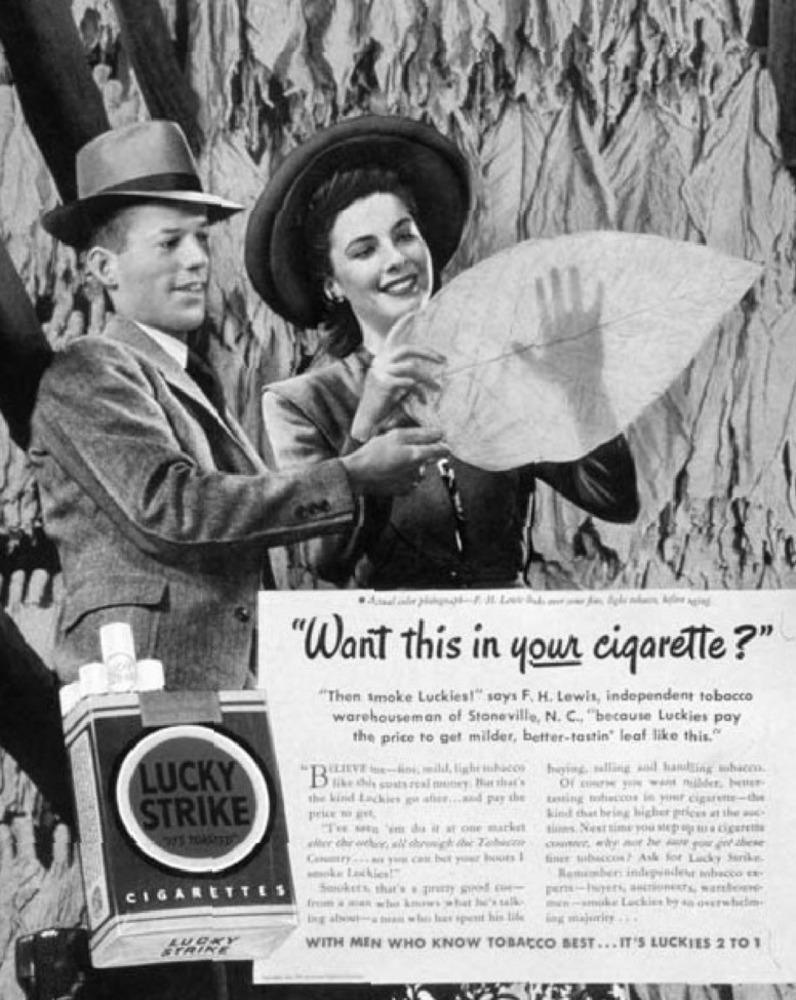
"Want this in your cigarette?"
"Then smoke Luckies!"" says F. H. Lewis, independent tobacco
warehouseman of Stoneville, N. C ., "because Luckies pay
the price to get milder, better-tastin' leaf like this."
KLIKVE the-lini, mild, light inhice)
Iging, salling and handling sobacon.
LUCKY
the kind Lachies gu shit, , and pay the
tasting mhaccos in ymir ciguene-die
STRIKE
kind that bring higher prices at the auds
Country -.. on you cait bot your boots
fint: Hurbeccon? Ask for Lucky Strike-
Renumbers independent mbacco ex
CIGARETTES
Sonokett that's s priny pol ent-
Ben camuke Lackict ly sa overshado.
lang majurin
WITH MEN WHO KNOW TOBACCO BEST ... IT'S LUCKIES 2 TO 1